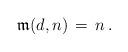
LaTeX: \begin{align*}\mathfrak{m}(d,n)\, =\, n\, .\end{align*}